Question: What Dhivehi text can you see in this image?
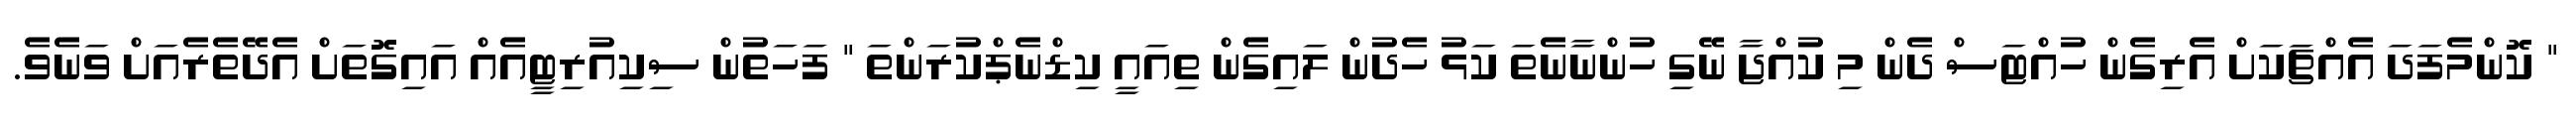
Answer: " ކޮންމެފަދަ އެއްޗަކަށް އެރިގެން ހުއްޓަސް ދެން މި ކުއްޖާ ނޭގި ހުންނާނެތަ ކަޅު ހެދުން ލައިގެން ތިއައީ ކިޑްނެޕްކުރަންތަ " ފަހަތުން ސިކިއުރިޓީއެއް އައިގޮތަށް އެދޭތެރެއަށް ވަނެވެ.